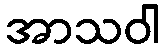
အာသဝါ